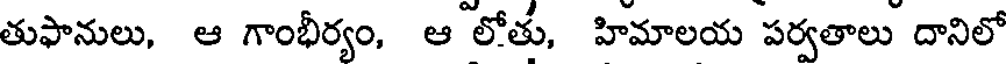
తుఫానులు, ఆ గాంభీర్యం, ఆ లోతు, హిమాలయ పర్వతాలు దానిలో